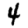
Digit: 4